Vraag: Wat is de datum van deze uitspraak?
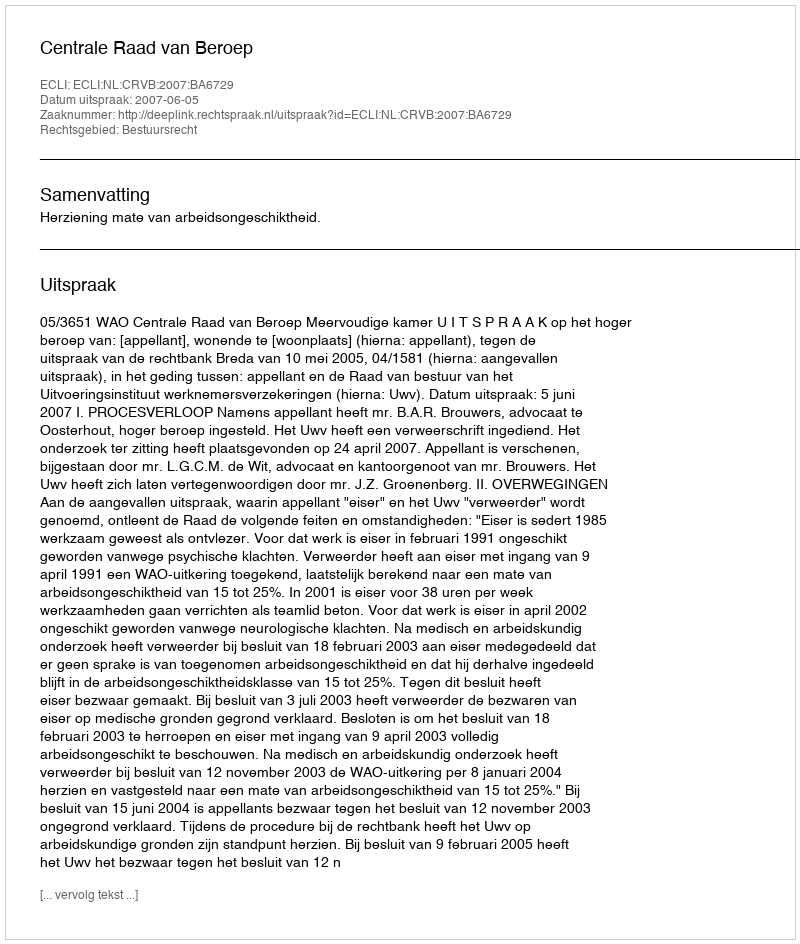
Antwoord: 2007-06-05